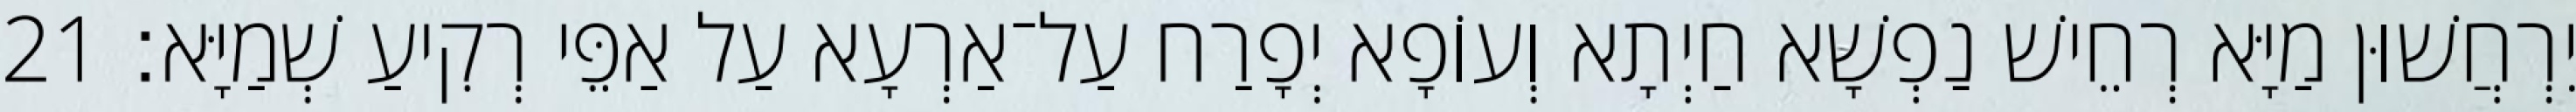
יִרְחֲשׁוּן מַיָּא רְחֵישׁ נַפְשָׁא חַיְתָא וְעוֹפָא יְפָרַח עַל־אַרְעָא עַל אַפֵּי רְקִיעַ שְׁמַיָּא׃ 21